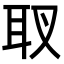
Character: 𦔹